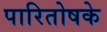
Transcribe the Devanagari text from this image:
पारितोषके